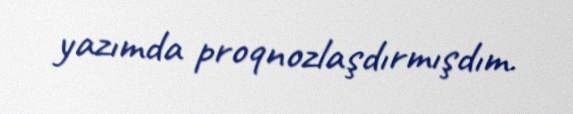
yazımda proqnozlaşdırmışdım.